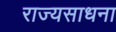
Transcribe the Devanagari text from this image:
राज्यसाधना